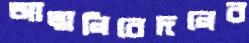
আত্মনিবেদনের